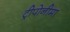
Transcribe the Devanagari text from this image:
ट्रीपोनीमा